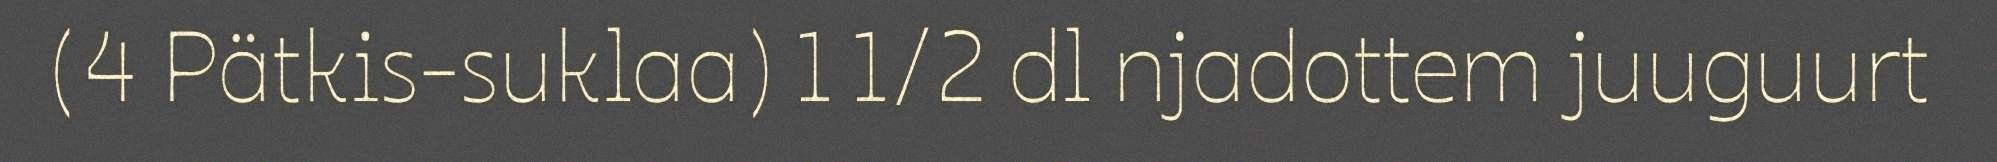
(4 Pätkis-suklaa) 1 1/2 dl njadottem juuguurt